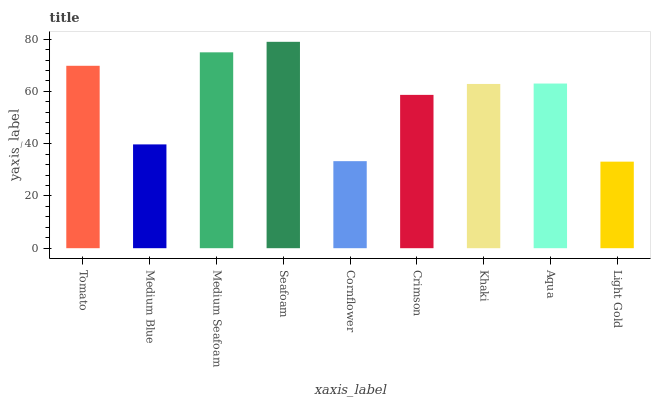
| xaxis_label | bars |
 | --- | --- |
 | Tomato | 69.8 |
 | Medium Blue | 39.7 |
 | Medium Seafoam | 74.9 |
 | Seafoam | 79 |
 | Cornflower | 33.3 |
 | Crimson | 58.7 |
 | Khaki | 62.8 |
 | Aqua | 63 |
 | Light Gold | 33.1 |